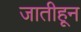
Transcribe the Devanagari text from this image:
जातीहून